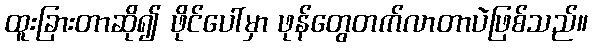
ထူးခြားတာဆို၍ ဖိုင်ပေါ်မှာ ဖုန်တွေတက်လာတာပဲဖြစ်သည်။